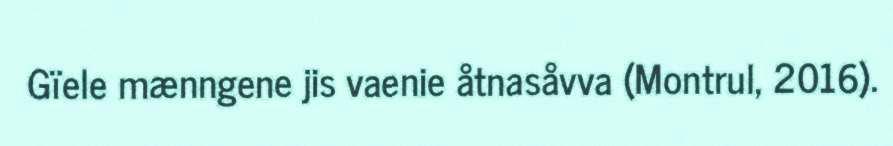
Gïele mænngene jis vaenie åtnasåvva (Montrul, 2016).